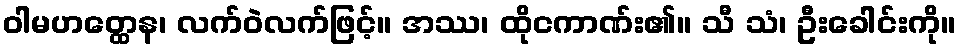
ဝါမဟတ္ထေန၊ လက်ဝဲလက်ဖြင့်။ အဿ၊ ထိုငကာဏ်း၏။ သီ သံ၊ ဦးခေါင်းကို။